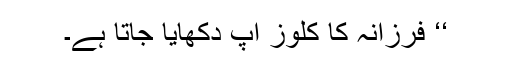
‘‘ فرزانہ کا کلوز اپ دکھایا جاتا ہے۔